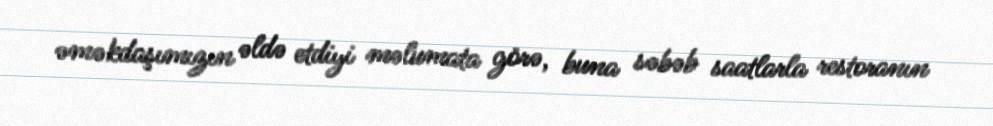
əməkdaşımızın əldə etdiyi məlumata görə, buna səbəb saatlarla restoranın